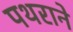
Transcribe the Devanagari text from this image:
पथराने